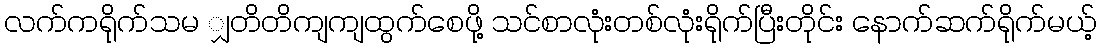
လက်ကရိုက်သမ ျှတိတိကျကျထွက်စေဖို့ သင်စာလုံးတစ်လုံးရိုက်ပြီးတိုင်း နောက်ဆက်ရိုက်မယ့်